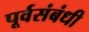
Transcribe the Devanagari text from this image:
पूर्वसंबंधी